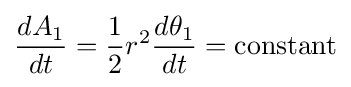
{\frac {dA_{1}}{dt}}={\frac {1}{2}}r^{2}{\frac {d\theta _{1}}{dt}}=\mathrm {constant}